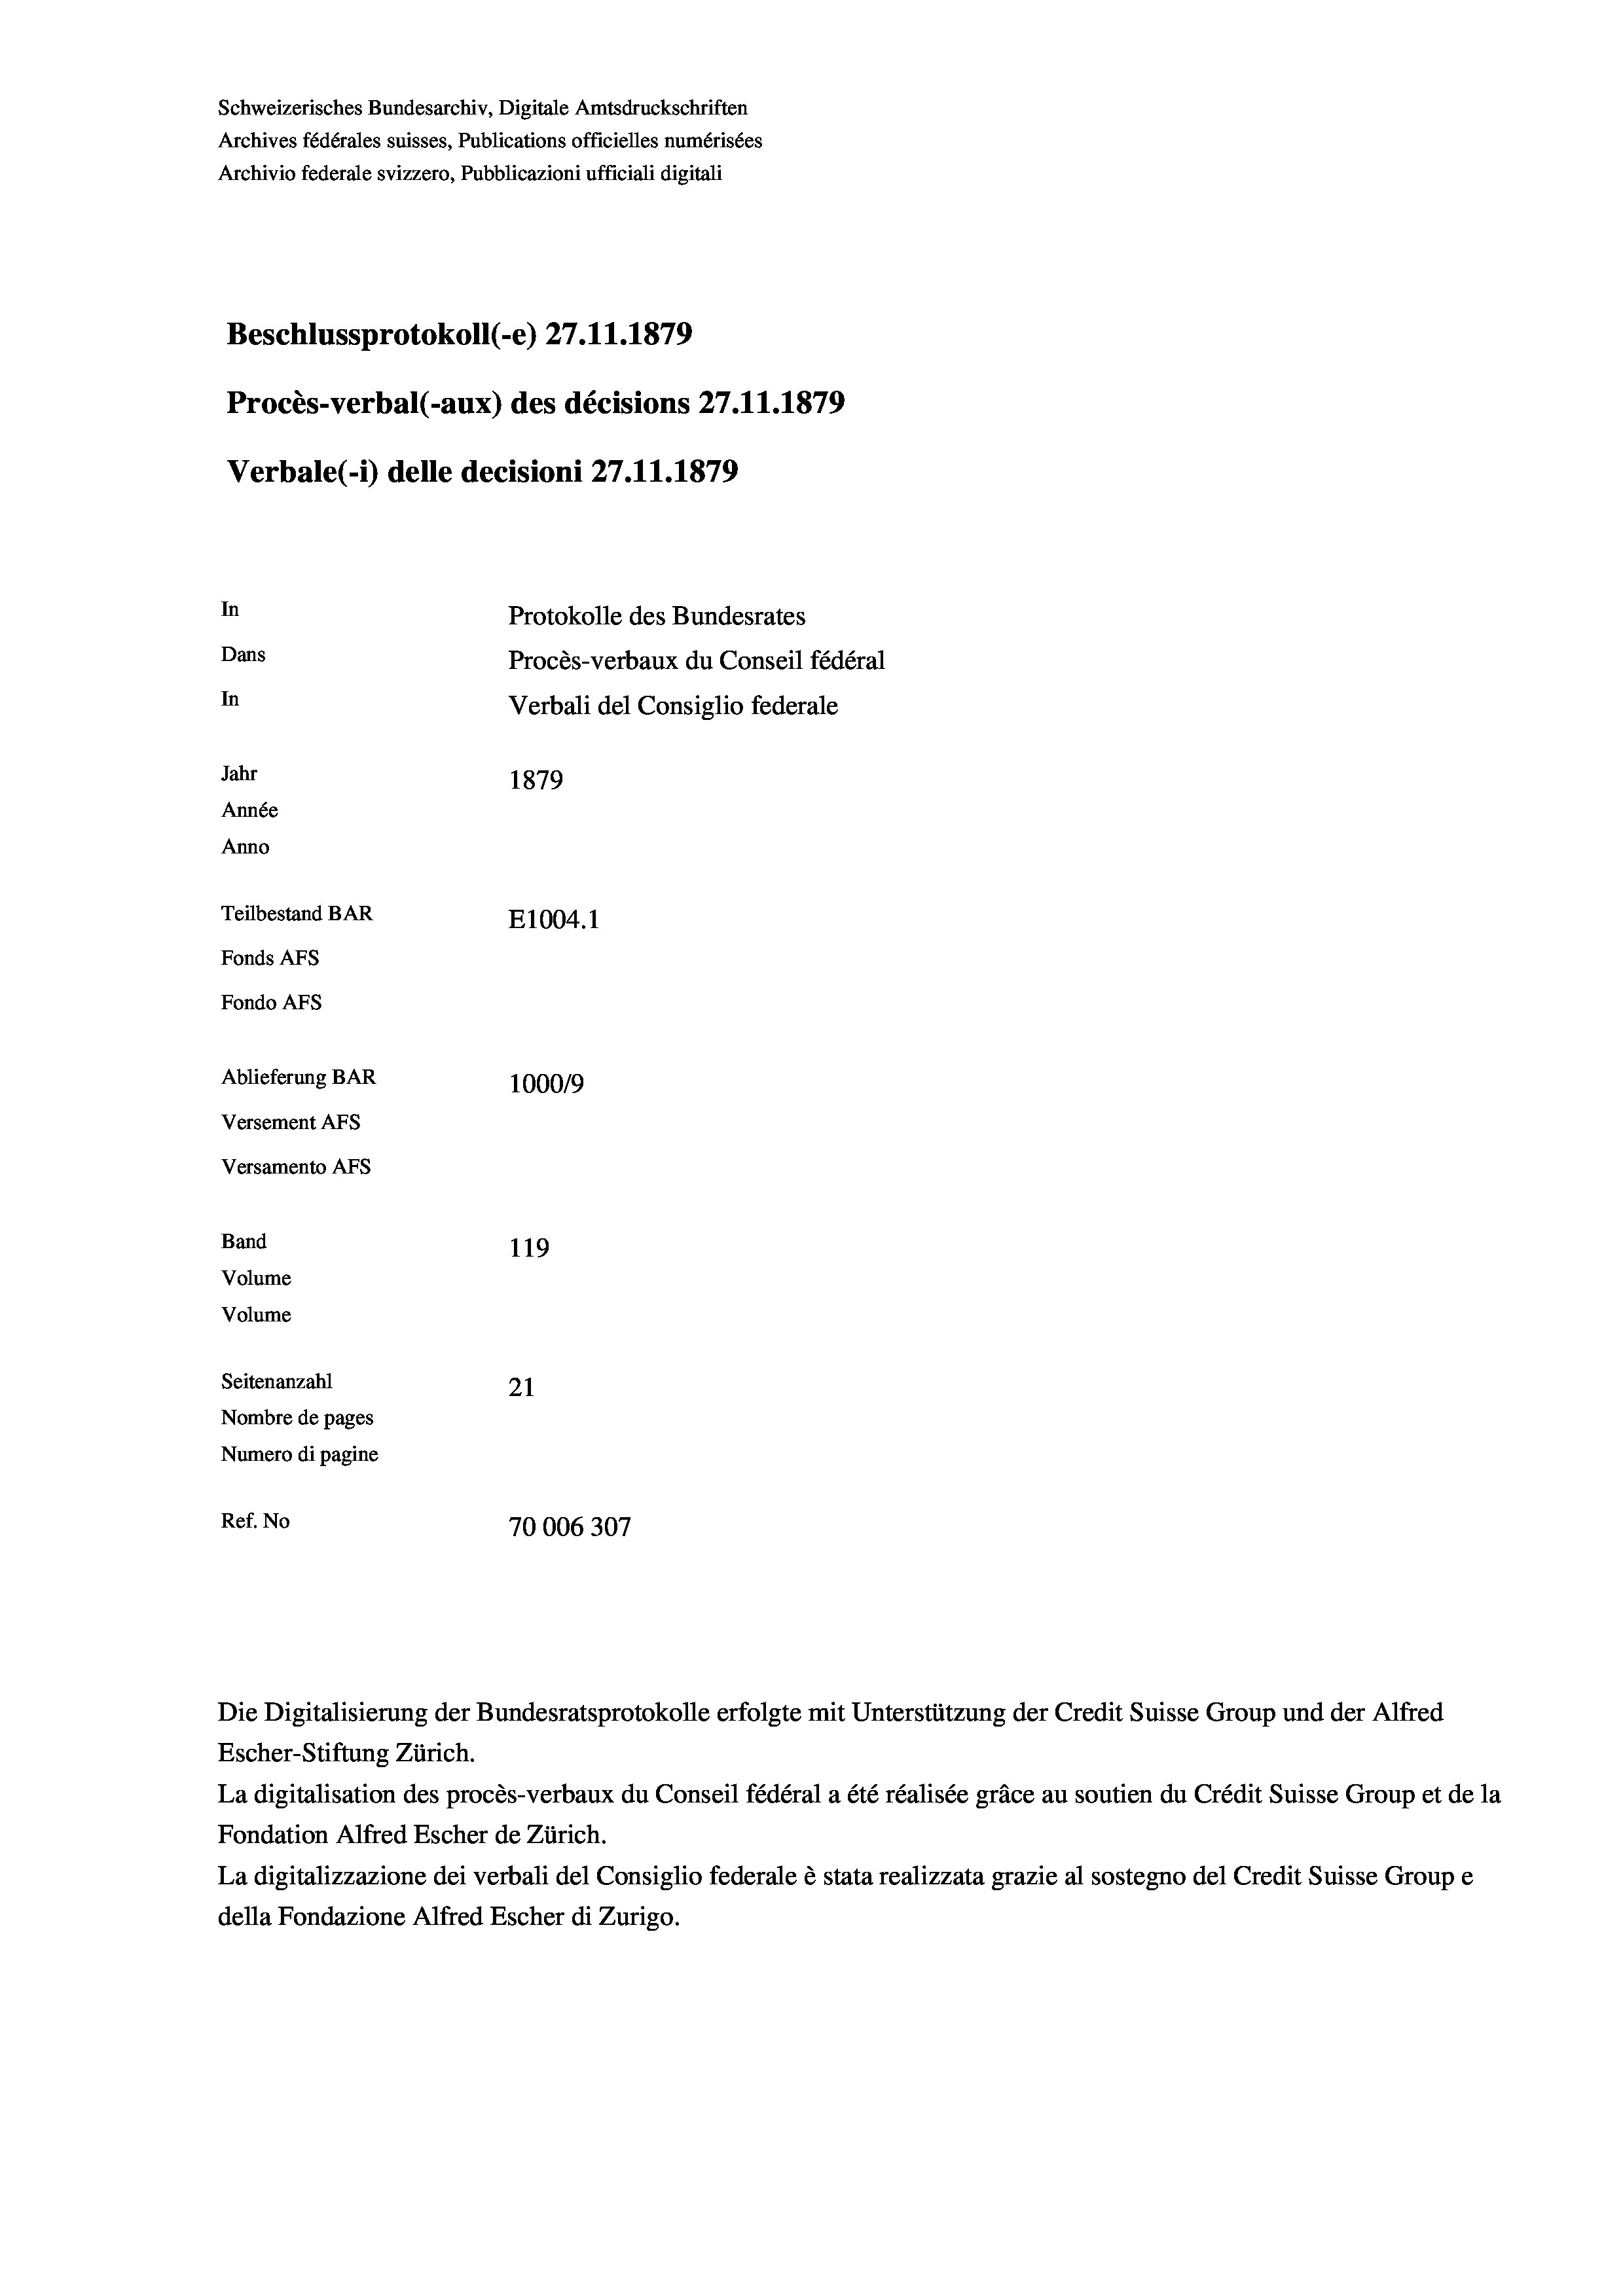
Schweizerisches Bundesarchiv, Digitale Amtsdruckschriften
Archives fédérales suisses, Publications officielles numérisées
Archivio federale svizzero, Pubblicazioni ufficiali digitali
Beschlussprotokoll (-e) 27.11.1879
Procès-verbal (-aux) des décisions 27.11.1879
Verbale (- 1) delle decisioni 27.11.1879
In
Protokolle des Bundesrates
Dans
Procès-verbaux du Conseil fédéral
In
Verbali del Consiglio federale
Jahr
1879
Année
Anno
Teilbestand BAR
E1004.1
Fonds Afs
Fondo AFs
Ablieferung BAR
1000/9
Versement Abs
Versamento Afs

119
Volume
Volume
Seitenanzahl
21
Nombre de pages
Numero di pagine
Ref. No
70006307

Band

Die Digitalisierung der Bundesratsprotokolle erfolgte mit Unterstützung der Credit Suisse Group und der Alfred
Escher-Stiftung Zürich.
La digitalisation des procès-verbaux du Conseil fédéral a été réalisée gräce au soutien du Crédit Suisse Group et de la
Fondation Alfred Escher de Zürich.
La digitalizzazione dei verbali del Consiglio federale è stata realizzata grazie al sostegno del Credit Suisse Groupe
della Fondazione Alfred Escher di Zurigo.